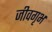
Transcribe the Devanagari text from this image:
जीवगृभ